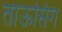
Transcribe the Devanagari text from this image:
ताऊसिग